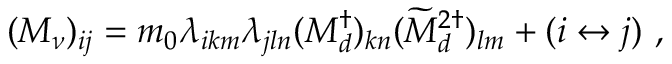
( M _ { \nu } ) _ { i j } = m _ { 0 } \lambda _ { i k m } \lambda _ { j l n } ( M _ { d } ^ { \dagger } ) _ { k n } ( \widetilde { M } _ { d } ^ { 2 \dagger } ) _ { l m } + ( i \leftrightarrow j ) \ ,